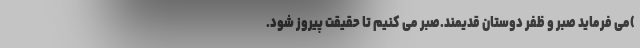
)می فرماید صبر و ظفر دوستان قدیمند.صبر می کنیم تا حقیقت پیروز شود.